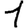
Digit: 1